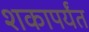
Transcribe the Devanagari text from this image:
शकापर्यंत